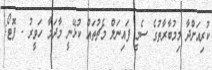
ކުރިއަށްދާ މިމުބާރާތުގެ ސެމީ ފައިނަލް މެޗުތައް ކުޅޭނީ މާދަމާ ހަވީރު - ފޮޓޯ: